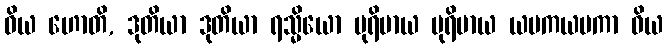
ဝိယ ဟောတိ, ဒုတိယာ ဒုတိယာ ရသ္မိယော ပုရိမာယ ပုရိမာယ ယမကယမကာ ဝိယ